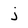
Character: j